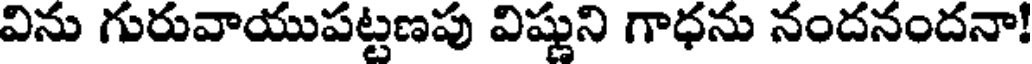
విను గురువాయుపట్టణపు విష్ణుని గాధను నందనందనా!